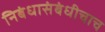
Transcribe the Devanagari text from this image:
निबंधासंबंधीचाच